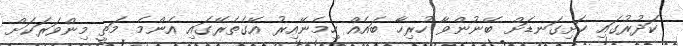
ކަދުރުގައި ހަށިގަނޑަށް ބޭނުންވާ ހުރިހާ ބައެއް ހިމެނޭއިރު އޭގެތެރޭގައި އެންމެ މަތީ މިންވަރަކަށް